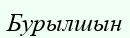
Бурылшын